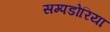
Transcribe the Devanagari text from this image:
सम्पडोरिया